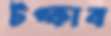
টপ্‌কাব